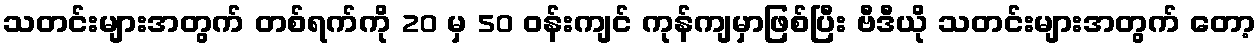
သတင်းများအတွက် တစ်ရက်ကို 20 မှ 50 ဝန်းကျင် ကုန်ကျမှာဖြစ်ပြီး ဗီဒီယို သတင်းများအတွက် တော့